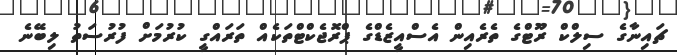
ޗައިނާގެ ސިލްކް ރޫޓްގެ ތެރެއިން އެސްއީޒެޑްގެ ޕްރޮޖެކްޓްތަކެއް ތަރައްގީ ކުރުމަށް ފުރުސަތު ލިބޭނެ